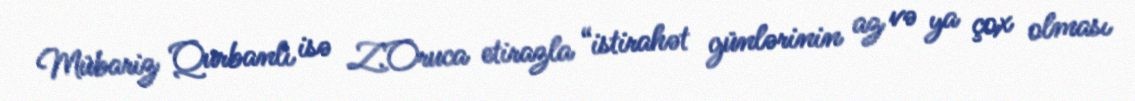
Mübariz Qurbanlı isə Z.Oruca etirazla “istirahət günlərinin az və ya çox olması